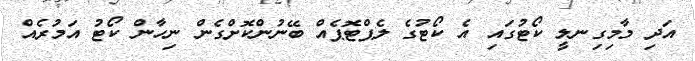
އަދި މާމިގިނލީ ކޯޓުގައި އެ ކޯޓުގެ ލެޕްޓޮޕެއް ބޭނުންކޮށްގެން ނިހާން ކޯޓު އަމުރެއް